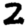
Digit: 2